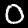
Digit: 0